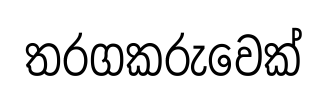
තරගකරුවෙක්